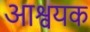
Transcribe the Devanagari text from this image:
आश्वयक